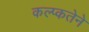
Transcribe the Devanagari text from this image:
कल्प्कतेने